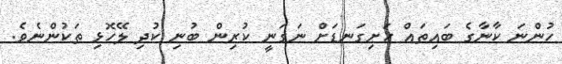
ހުންނަ ކާނާގެ ބައިތައް ހަށިގަނޑަށް ނަގަނީ ކުރިން ބުނި ކުދި ލޭހޮޅި ތަކުންނެވެ.